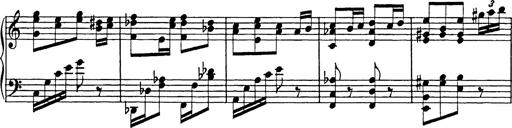
Title: Galop in A minor
Composer: Franz Liszt
Key: A minor